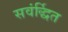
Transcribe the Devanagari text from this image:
सवंर्द्धित